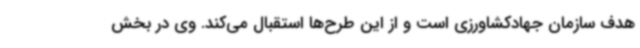
هدف سازمان جهادکشاورزی است و از این طرح‌ها استقبال می‌کند. وی در بخش